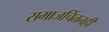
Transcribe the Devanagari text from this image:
समाजचिंतनही